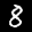
Label: 8